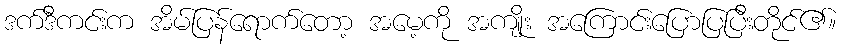
ဒက်ဒီကင်းက အိမ်ပြန်ရောက်တော့ အမေ့ကို အကျိုး အကြောင်းပြောပြပြီးတိုင်၏။